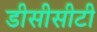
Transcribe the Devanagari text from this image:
डीसीसीटी